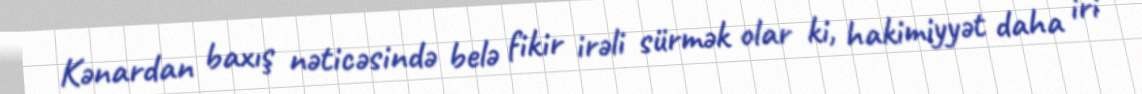
Kənardan baxış nəticəsində belə fikir irəli sürmək olar ki, hakimiyyət daha iri